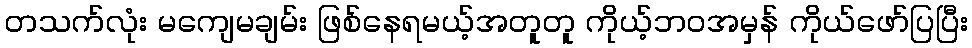
တသက်လုံး မကျေမချမ်း ဖြစ်နေရမယ့်အတူတူ ကိုယ့်ဘဝအမှန် ကိုယ်ဖော်ပြပြီး